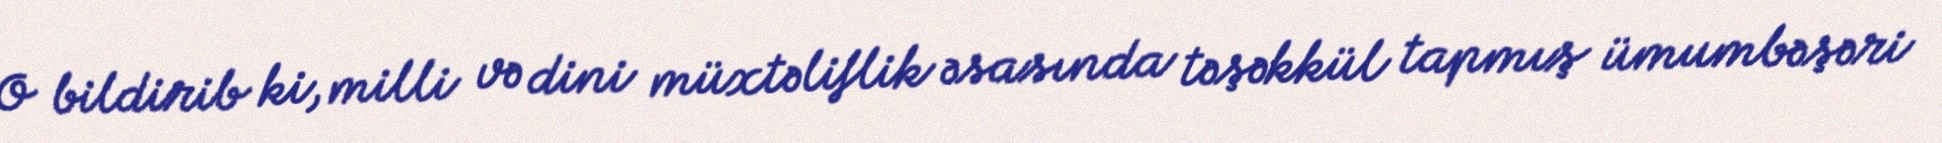
O bildirib ki, milli və dini müxtəliflik əsasında təşəkkül tapmış ümumbəşəri